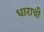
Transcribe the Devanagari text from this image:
धाराची